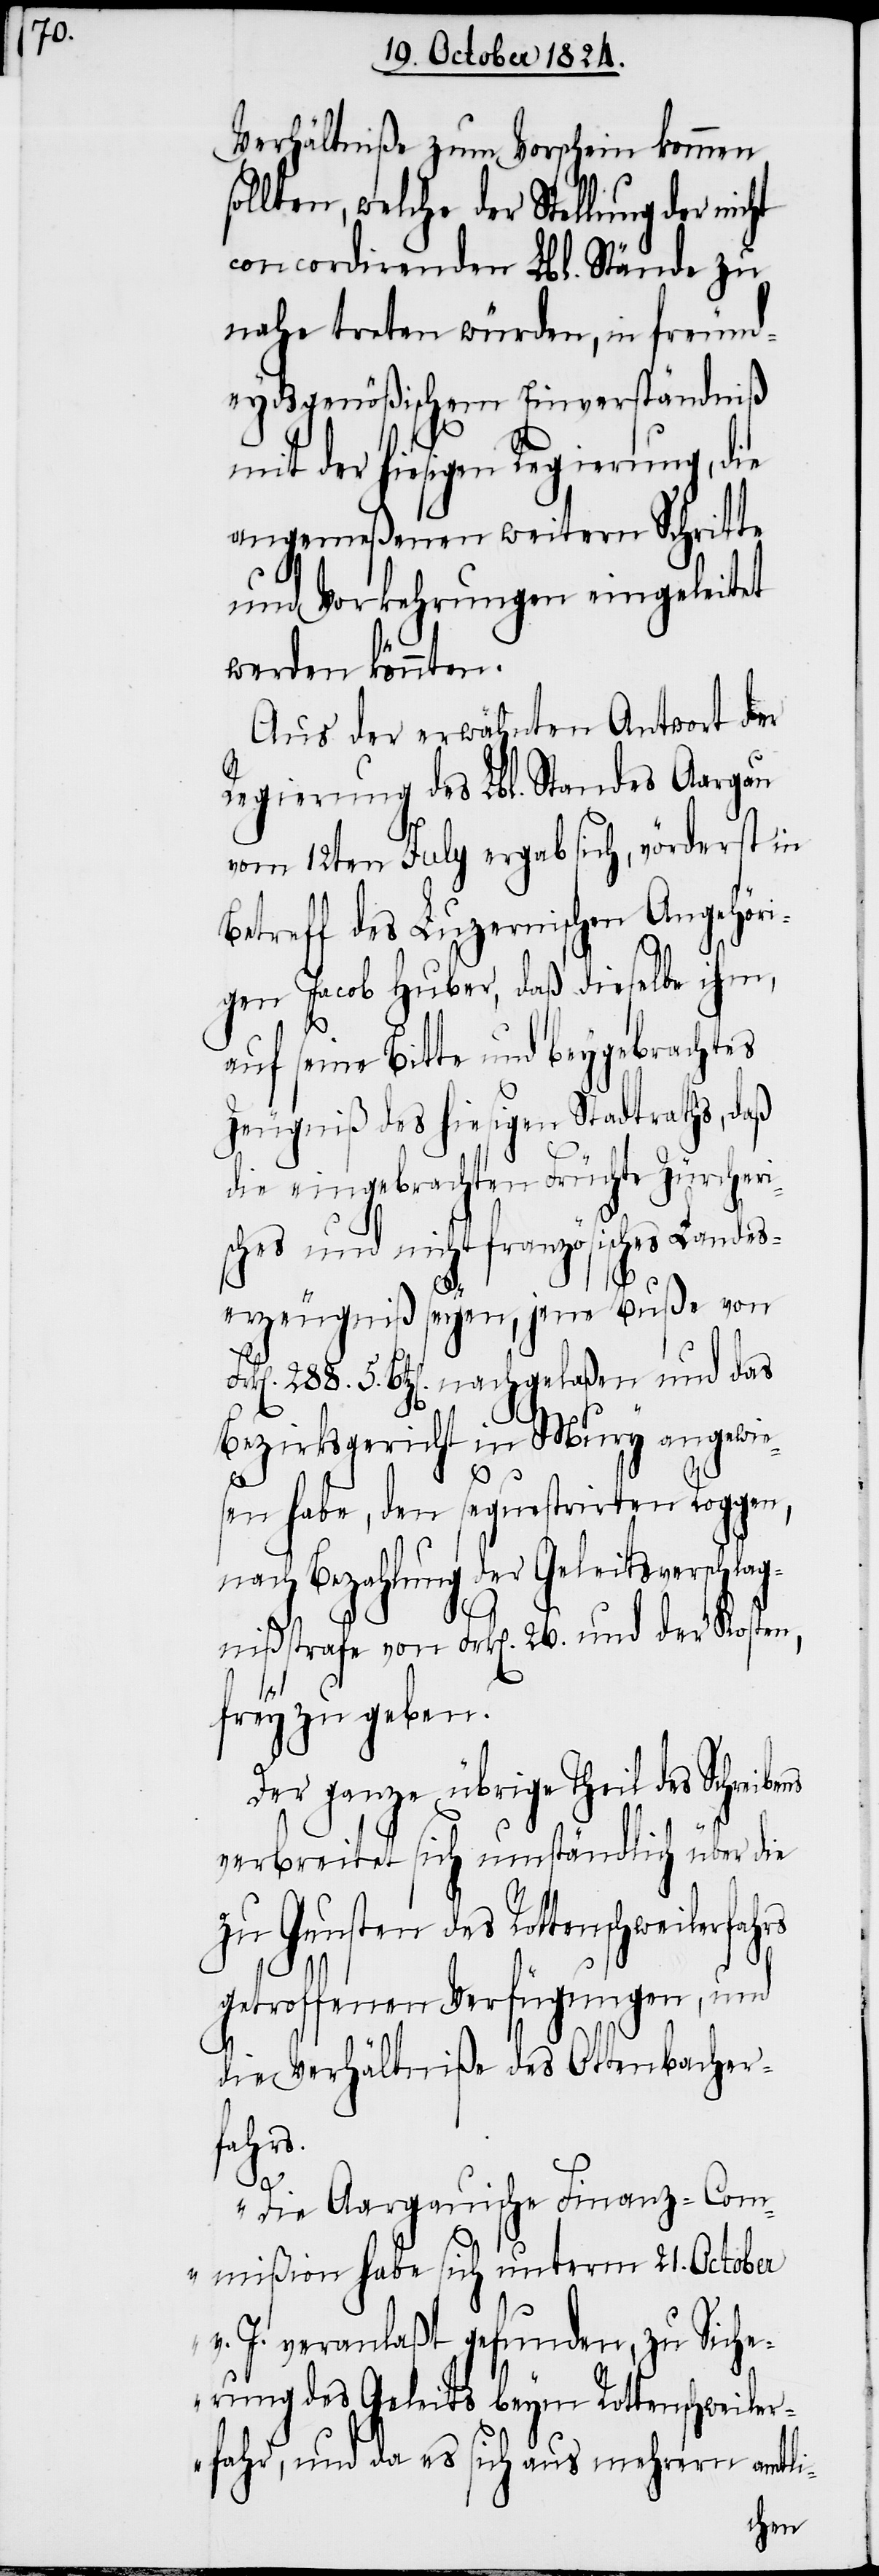
Verhältniße zum Vorschein kommen
lten, welche der Stellung der nic¬
concordirenden Lbl. Stände zu
nahe treten würden, in freund¬
eydsgenößischem Einverständniß
mit der hiesigen Regierung, die
angemeßenen weitern Schritte
und Vorkehrungen eingeleitet
werden könnten.
Aus der erwähnten Antwort der
Regierung des Lbl. Standes Aargau
vom 12ten July ergab sich, vörderst in
Betreff des Luzernischen Angehöri¬
gen Jacob Huber, daß dieselbe ihm,
auf seine Bitte und beygebrachtes
Zeugniß des hiesigen Stadtraths, daß
die eingebrachten Früchte Zürcheri¬
sches und nicht französisches Lande¬
serzeugniß seyen, jene Buße von
288. 5. Btz[en]. nachgelaßen und das
Bezirksgericht in Mury angewie¬
s.
sen habe, den sequestrirten Roggen,
nach Bezahlung der Geleitsverschla¬
gnißstrafe von Frk[en]. 26. und der Kosten,
frey zu geben.
Der ganze übrige Theil des Schreibe¬
verbreitet sich umständlich über die
zu Gunsten des Rottenschweilerfahrs
getroffenen Verfügungen, und
die Verhältniße des Ottenbacher¬
fahr¬
„Die Aargauische Finanz-Com¬
mißion habe sich unterm 21. October
v. J. veranlaßt gefunden, zu Siche¬
rung des Geleits beym Rottenschweiler¬
fahr, und da es sich aus mehrern amtli-